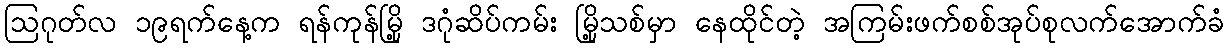
ဩဂုတ်လ ၁၉ရက်နေ့က ရန်ကုန်မြို့ ဒဂုံဆိပ်ကမ်း မြို့သစ်မှာ နေထိုင်တဲ့ အကြမ်းဖက်စစ်အုပ်စုလက်အောက်ခံ